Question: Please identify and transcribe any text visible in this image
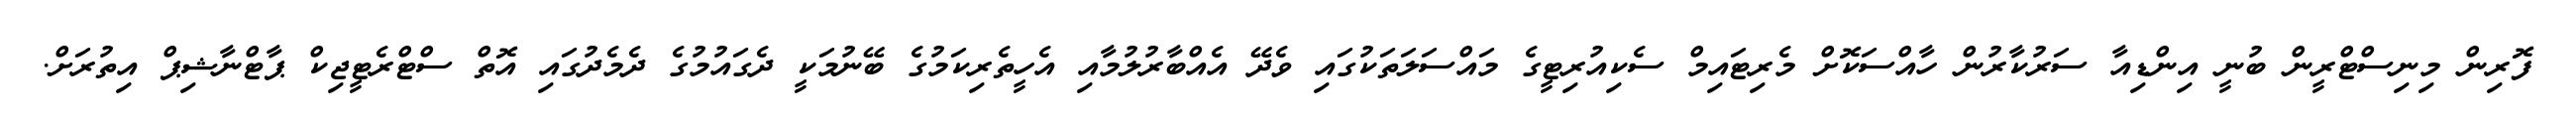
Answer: ފޮރިން މިނިސްޓްރީން ބުނީ އިންޑިއާ ސަރުކާރުން ހާއްސަކޮށް މެރިޓައިމް ސެކިއުރިޓީގެ މައްސަލަތަކުގައި ވެދޭ އެއްބާރުލުމާއި އެހީތެރިކަމުގެ ބޭނުމަކީ ދެގައުމުގެ ދެމެދުގައި އޮތް ސްޓްރެޓީޖިކް ޕާޓްނާޝިޕް އިތުރަށް.